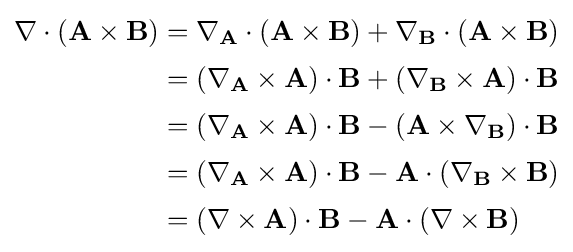
{\begin{aligned}\nabla \cdot (\mathbf {A} \times \mathbf {B} )&=\nabla _{\mathbf {A} }\cdot (\mathbf {A} \times \mathbf {B} )+\nabla _{\mathbf {B} }\cdot (\mathbf {A} \times \mathbf {B} )\\[2pt]&=(\nabla _{\mathbf {A} }\times \mathbf {A} )\cdot \mathbf {B} +(\nabla _{\mathbf {B} }\times \mathbf {A} )\cdot \mathbf {B} \\[2pt]&=(\nabla _{\mathbf {A} }\times \mathbf {A} )\cdot \mathbf {B} -(\mathbf {A} \times \nabla _{\mathbf {B} })\cdot \mathbf {B} \\[2pt]&=(\nabla _{\mathbf {A} }\times \mathbf {A} )\cdot \mathbf {B} -\mathbf {A} \cdot (\nabla _{\mathbf {B} }\times \mathbf {B} )\\[2pt]&=(\nabla \times \mathbf {A} )\cdot \mathbf {B} -\mathbf {A} \cdot (\nabla \times \mathbf {B} )\end{aligned}}